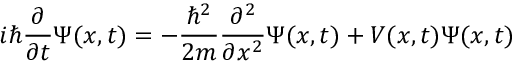
i \hbar { \frac { \partial } { \partial t } } \Psi ( x , t ) = - { \frac { \hbar ^ { 2 } } { 2 m } } { \frac { \partial ^ { 2 } } { \partial x ^ { 2 } } } \Psi ( x , t ) + V ( x , t ) \Psi ( x , t )